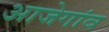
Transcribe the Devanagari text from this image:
आजेगांव